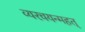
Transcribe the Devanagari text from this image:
व्यरचयन्महत्